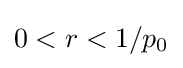
0<r<1/p_{0}